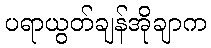
ပရာယွတ်ချန်အိုချာက